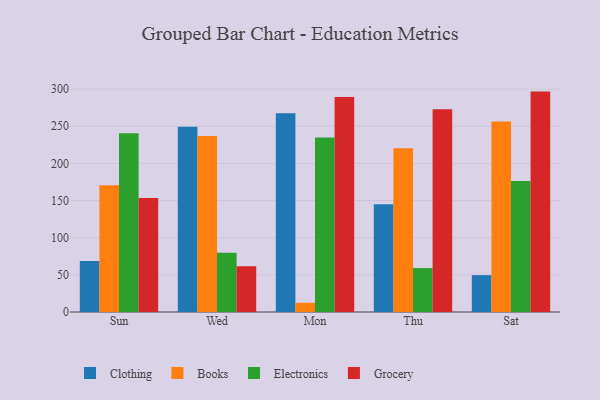
{"axis": {"x": "Day", "y": "Shipments"}, "legend": ["Books", "Clothing", "Electronics", "Grocery"], "data": [{"x": "Sun", "y": 68.6, "type": "Clothing"}, {"x": "Sun", "y": 170.7, "type": "Books"}, {"x": "Sun", "y": 240.5, "type": "Electronics"}, {"x": "Sun", "y": 153.3, "type": "Grocery"}, {"x": "Wed", "y": 249.3, "type": "Clothing"}, {"x": "Wed", "y": 237.0, "type": "Books"}, {"x": "Wed", "y": 79.9, "type": "Electronics"}, {"x": "Wed", "y": 61.7, "type": "Grocery"}, {"x": "Mon", "y": 267.6, "type": "Clothing"}, {"x": "Mon", "y": 12.4, "type": "Books"}, {"x": "Mon", "y": 234.9, "type": "Electronics"}, {"x": "Mon", "y": 289.5, "type": "Grocery"}, {"x": "Thu", "y": 144.9, "type": "Clothing"}, {"x": "Thu", "y": 220.5, "type": "Books"}, {"x": "Thu", "y": 59.1, "type": "Electronics"}, {"x": "Thu", "y": 272.7, "type": "Grocery"}, {"x": "Sat", "y": 49.6, "type": "Clothing"}, {"x": "Sat", "y": 256.2, "type": "Books"}, {"x": "Sat", "y": 176.3, "type": "Electronics"}, {"x": "Sat", "y": 296.6, "type": "Grocery"}]}